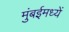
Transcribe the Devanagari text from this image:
मुंबईमध्यें